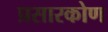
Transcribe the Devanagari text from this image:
प्रसारकोण